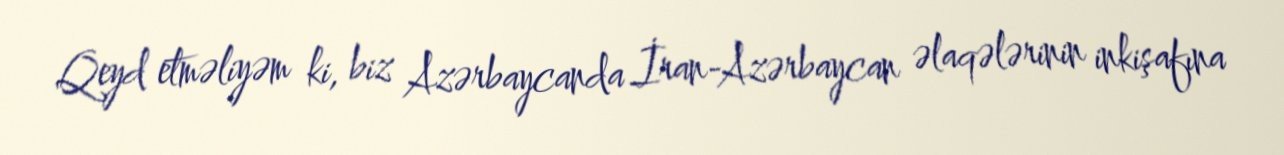
Qeyd etməliyəm ki, biz Azərbaycanda İran-Azərbaycan əlaqələrinin inkişafına